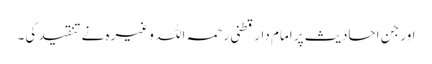
اور جن احادیث پر امام دارقطنی رحمہ اللہ وغیرہ نے تنقید کی۔